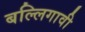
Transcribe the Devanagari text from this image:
बल्लिगावी